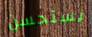
يستحسن